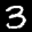
Label: 3